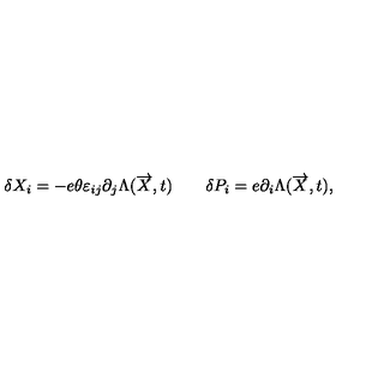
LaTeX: \delta X _ { i } = - e \theta \varepsilon _ { i j } \partial _ { j } \Lambda ( \overrightarrow { X } , t ) \qquad \delta P _ { i } = e \partial _ { i } \Lambda ( \overrightarrow { X } , t ) ,